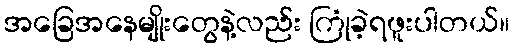
အခြေအနေမျိုးတွေနဲ့လည်း ကြုံခဲ့ရဖူးပါတယ်။